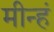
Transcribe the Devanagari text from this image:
मीन्हं